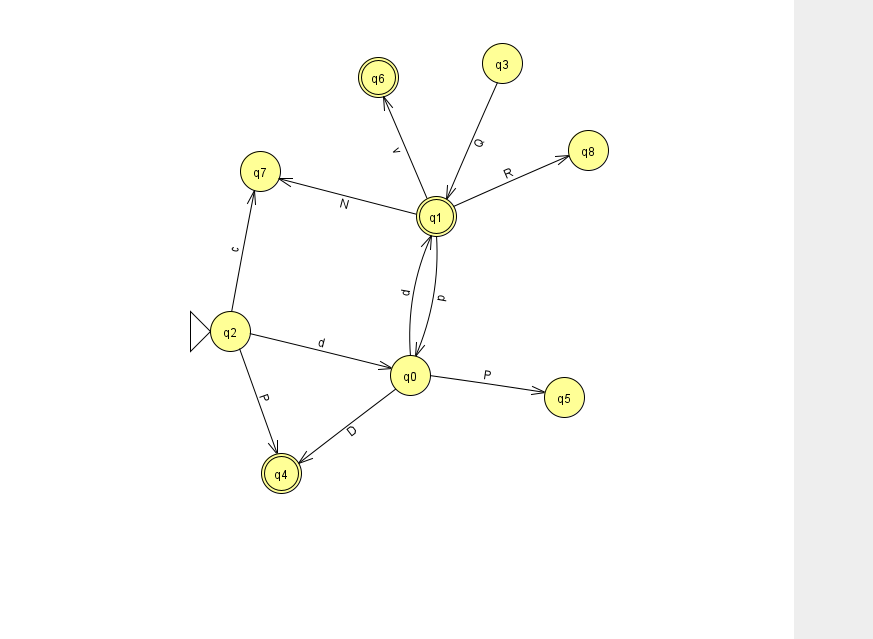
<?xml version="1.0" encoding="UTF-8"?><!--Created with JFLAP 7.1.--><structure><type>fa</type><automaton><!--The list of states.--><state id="0" name="q0"><x>410.0</x><y>362.0</y></state><state id="1" name="q1"><x>436.0</x><y>203.0</y><final/></state><state id="2" name="q2"><x>230.0</x><y>318.0</y><initial/></state><state id="3" name="q3"><x>502.0</x><y>50.0</y></state><state id="4" name="q4"><x>281.0</x><y>460.0</y><final/></state><state id="5" name="q5"><x>564.0</x><y>384.0</y></state><state id="6" name="q6"><x>378.0</x><y>64.0</y><final/></state><state id="7" name="q7"><x>260.0</x><y>158.0</y></state><state id="8" name="q8"><x>588.0</x><y>137.0</y></state><!--The list of transitions.--><transition><from>0</from><to>5</to><read>P</read></transition><transition><from>1</from><to>7</to><read>N</read></transition><transition><from>2</from><to>4</to><read>P</read></transition><transition><from>3</from><to>1</to><read>Q</read></transition><transition><from>1</from><to>6</to><read>v</read></transition><transition><from>1</from><to>0</to><read>p</read></transition><transition><from>2</from><to>0</to><read>d</read></transition><transition><from>0</from><to>1</to><read>d</read></transition><transition><from>1</from><to>8</to><read>R</read></transition><transition><from>2</from><to>7</to><read>c</read></transition><transition><from>0</from><to>4</to><read>D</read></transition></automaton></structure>